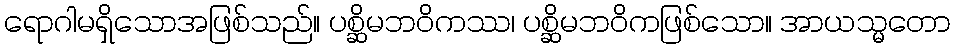
ရောဂါမရှိသောအဖြစ်သည်။ ပစ္ဆိမဘဝိကဿ၊ ပစ္ဆိမဘဝိကဖြစ်သော။ အာယသ္မတော